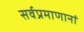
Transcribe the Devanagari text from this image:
सर्वप्रमाणानां